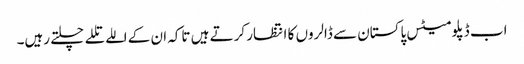
اب ڈپلومیٹس پاکستان سے ڈالروں کا انتظار کرتے ہیں تاکہ ان کے اللے تللے چلتے رہیں۔